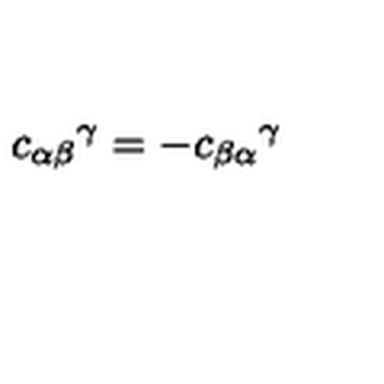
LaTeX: { c _ { \alpha \beta } } ^ { \gamma } = - { c _ { \beta \alpha } } ^ { \gamma }